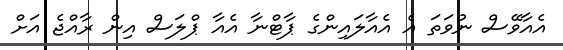
އެއާވޭސް ނުވަތަ އެ އެއާލައިންގެ ޕާޓްނާ އެއާ ޕްލަސް އިން ރާއްޖެ އަށް